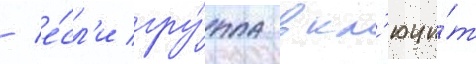
/ е́сл'и гру́ппа вкл'ючи́т